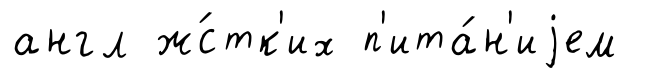
англ ж́стк'их п'ита́н'иjем